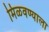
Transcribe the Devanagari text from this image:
मिळवण्याला